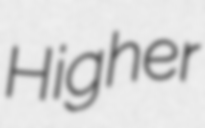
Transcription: Higher